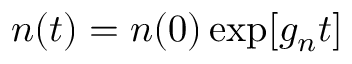
n ( t ) = n ( 0 ) \exp [ g _ { n } t ]